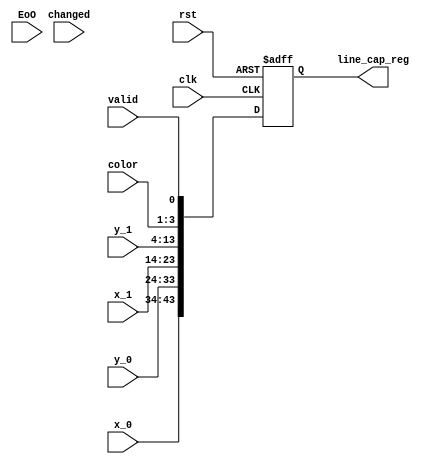
module raster_input_stage(clk, rst, x_0, x_1, y_0, y_1, EoO, valid, color, changed, line_cap_reg);

input clk, rst, EoO, valid, changed;
input [9:0] x_0, x_1, y_0, y_1;
input [2:0] color;

output reg [43:0] line_cap_reg;
//register that keeps all these values (consider this a pipeline stage)

always @(posedge clk, negedge rst)
  begin 
    if(~rst)
      begin
        line_cap_reg <= 46'h00;
      end
    else
      begin
        line_cap_reg <= {x_0, y_0, x_1, y_1, color, valid};
      end
end

endmodule